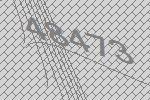
48473